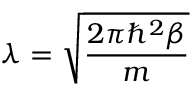
\lambda = \sqrt { \frac { 2 \pi \hbar ^ { 2 } \beta } { m } }